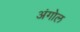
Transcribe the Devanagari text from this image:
अंगोल